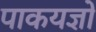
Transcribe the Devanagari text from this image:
पाकयज्ञों